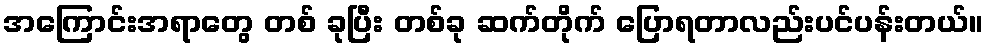
အကြောင်းအရာတွေ တစ် ခုပြီး တစ်ခု ဆက်တိုက် ပြောရတာလည်းပင်ပန်းတယ်။